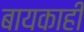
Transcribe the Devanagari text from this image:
बायकाही